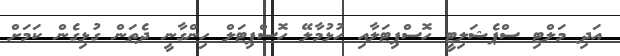
އަދި މަލްޓި ސްޕެޝަލިޓީ ހޮސްޕިޓަލާއި ހުޅުމާލޭ ހޮސްޕިޓަލް ހިންގާނީ ދެތަން ގުޅިގެން ކަމަށް